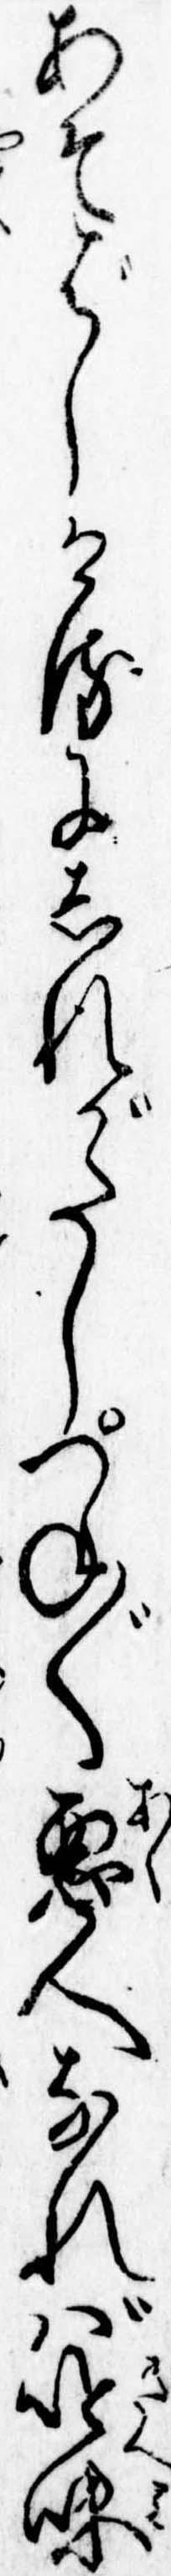
あそばしけるにしれがたしつね〲悪人なれば吟味